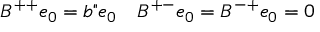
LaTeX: B ^ { + + } e _ { 0 } = b " e _ { 0 } \quad B ^ { + - } e _ { 0 } = B ^ { - + } e _ { 0 } = 0